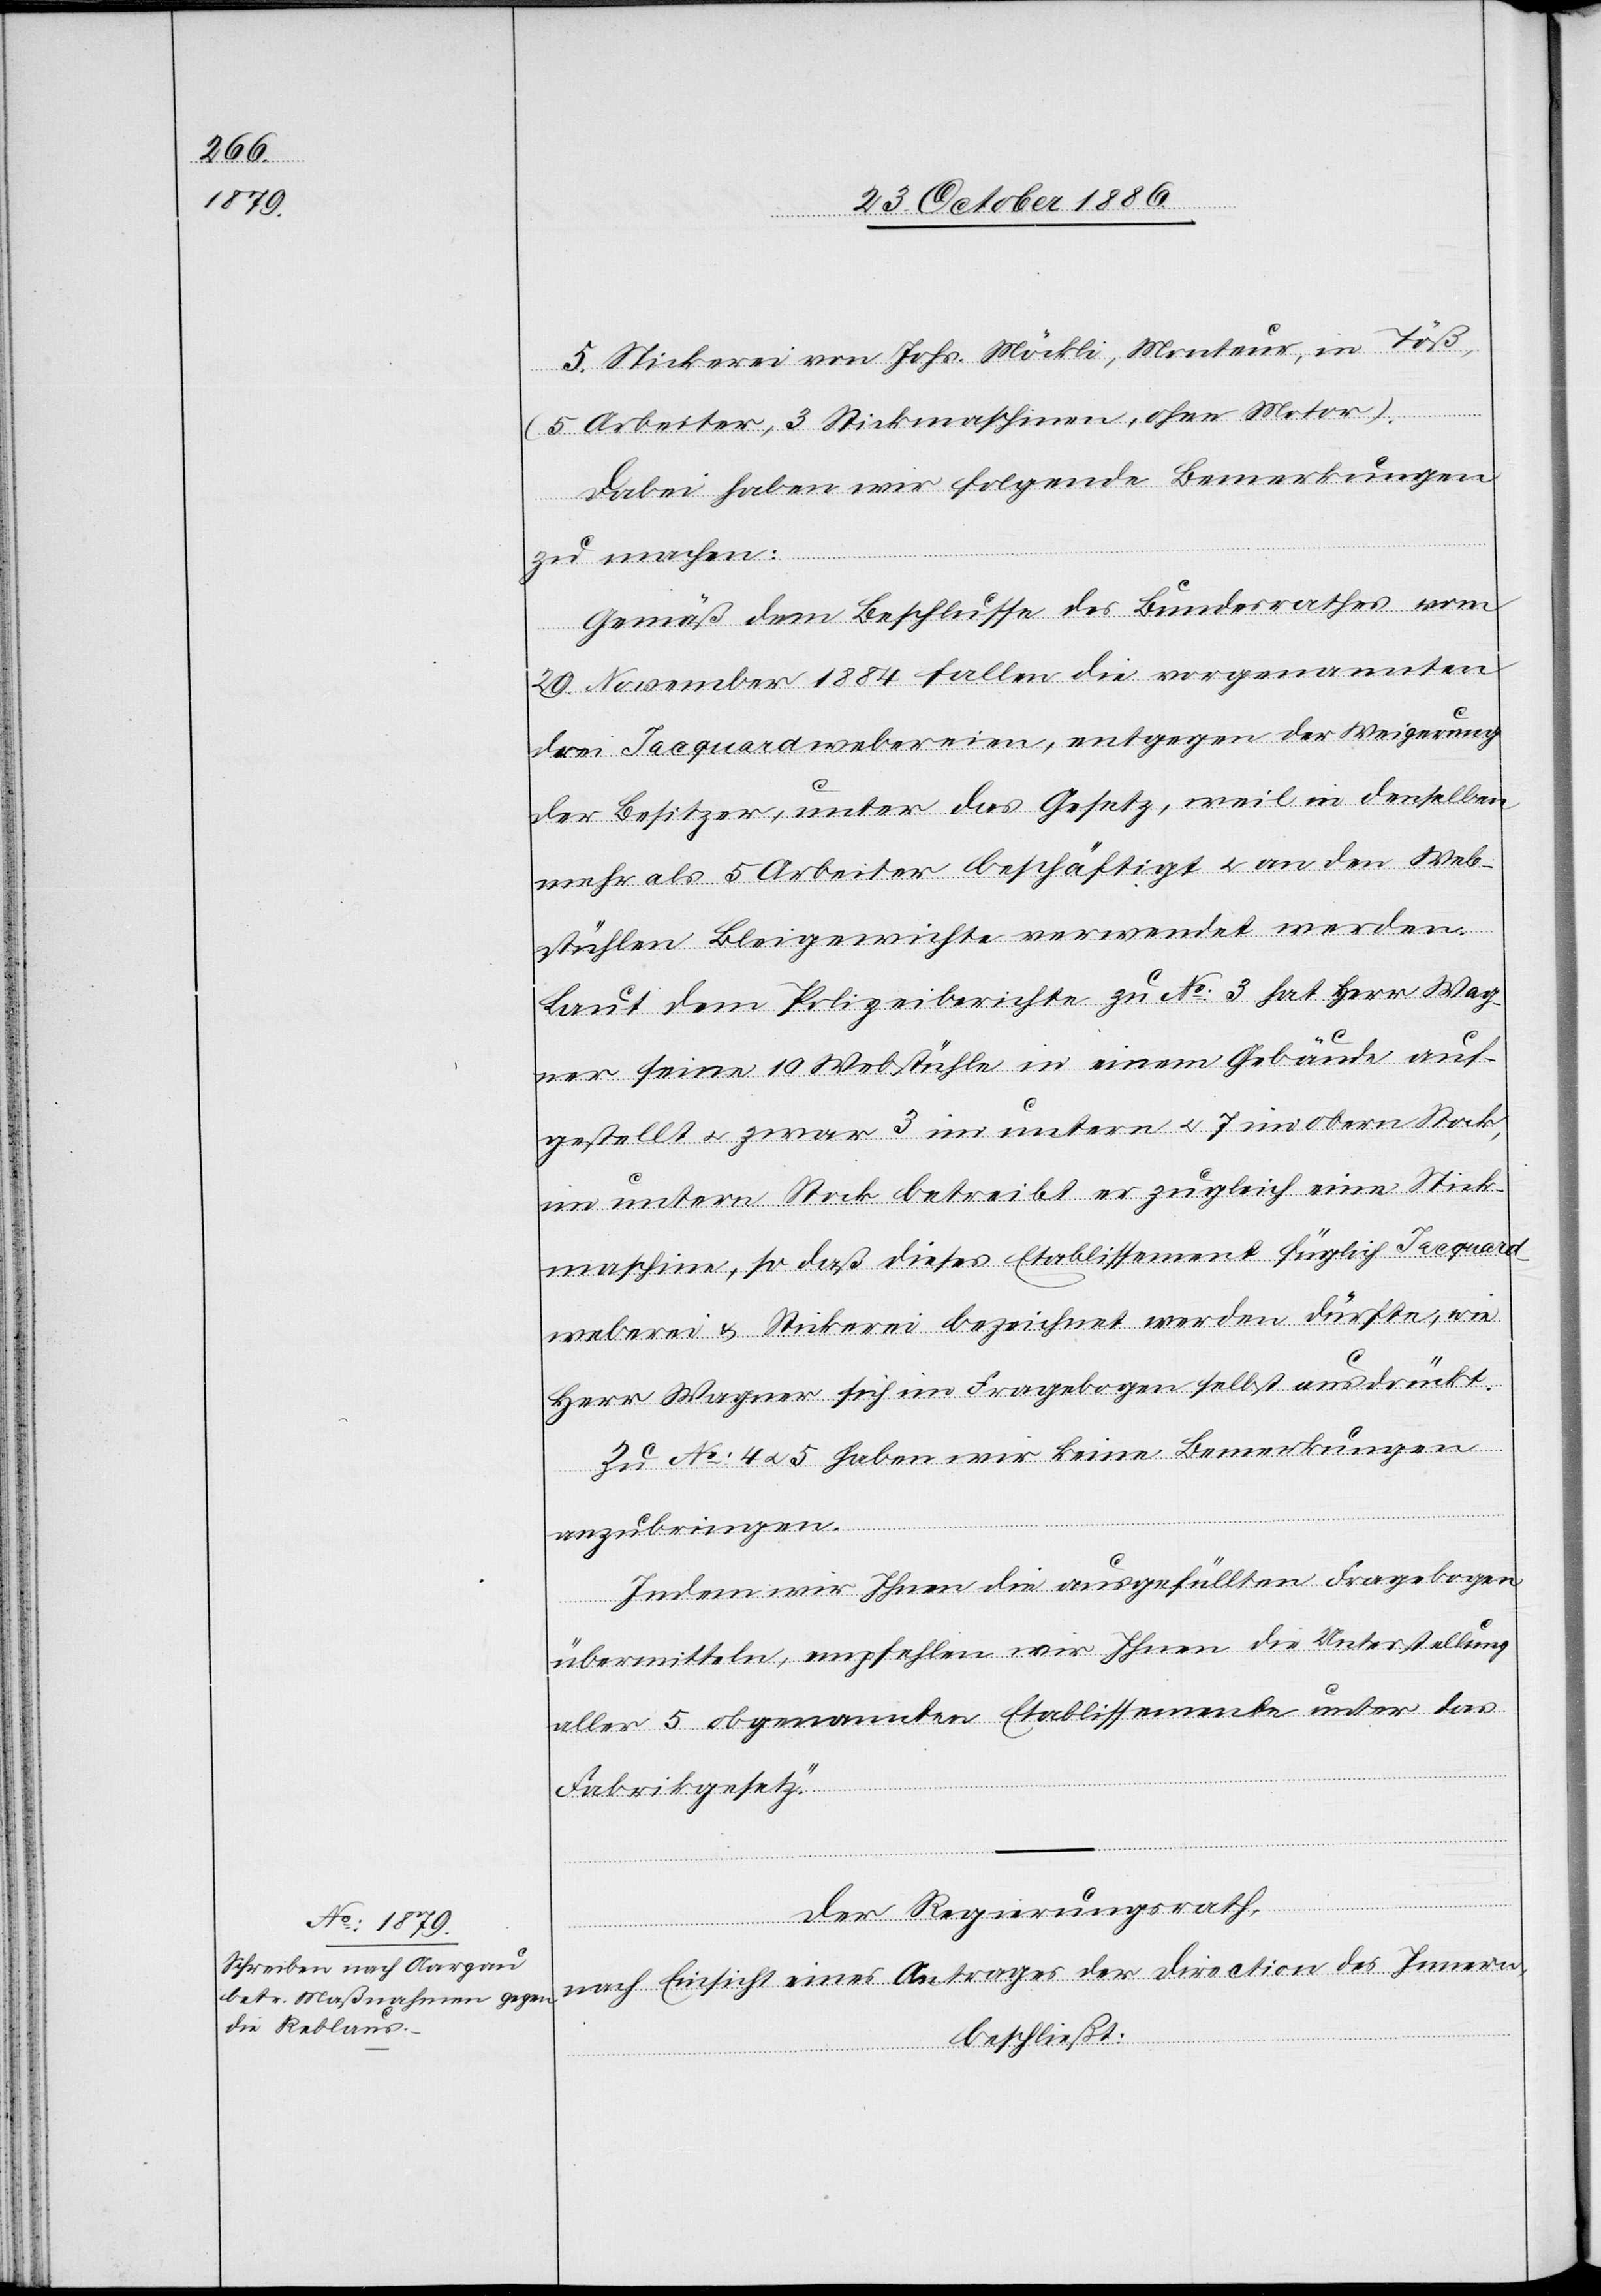
5. Stickerei von Johs. Möckli, Monteur, in Töß,
(5 Arbeiter, 3 Stickmaschinen, ohne Motor).
Dabei haben wir folgende Bemerkungen
zu machen:
Gemäß dem Beschlusse des Bundesrathes vom
29. November 1884 fallen die vorgenannten
drei Jacquardwebereien, entgegen der Weigerung
der Besitzer, unter das Gesetz, weil in denselben
mehr als 5 Arbeiter beschäftigt & an den Web¬
stühlen Bleigewichte verwendet werden.
Laut dem Polizeiberichte zu No 3 hat Herr Wag¬
ner seine 10 Webstühle in einem Gebäude auf¬
gestellt & zwar 3 im untern & 7 im obern Stock,
im untern Stock betreibt er zugleich eine Stick¬
maschine, so daß dieses Etablissement füglich Jacquard¬
weberei & Stickerei bezeichnet werden dürfte, wie
Herr Wagner sich im Fragebogen selbst ausdrückt.
Zu No 4 & 5 haben wir keine Bemerkungen
anzubringen.
Indem wir Ihnen die ausgefüllten Fragebogen
übermitteln, empfehlen wir Ihnen die Unterstellung
aller 5 obgenannten Etablissemente unter das
Fabrikgesetz.“
Der Regierungsrath,
nach Einsicht eines Antrages der Direction des Innern,
beschließt: